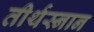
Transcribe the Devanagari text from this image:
तीर्थस्नान